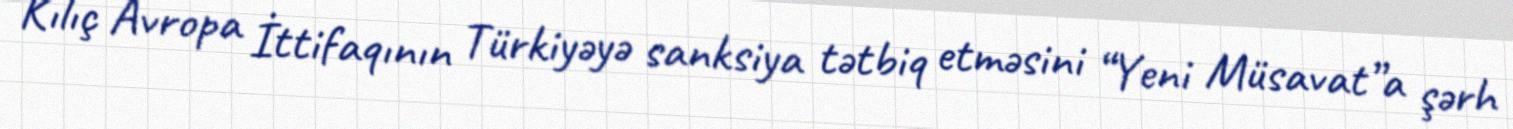
Kılıç Avropa İttifaqının Türkiyəyə sanksiya tətbiq etməsini “Yeni Müsavat”a şərh